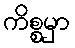
ကိစ္စမှာ